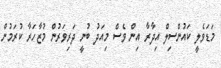
މަޑަވެލީ ކައުންސިލް އިދާރާ އިން ވެސް މިއަދު ބުނީ ދަރިވަރުން މުޒާހަރާ ކުރަމުން